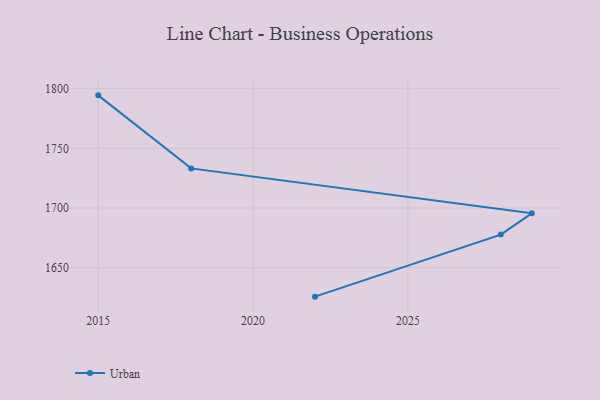
{"axis": {"x": "Year", "y": "Budget (USD K)"}, "legend": ["Urban"], "data": [{"x": "2015", "y": 1794.4, "type": "Urban"}, {"x": "2018", "y": 1733.2, "type": "Urban"}, {"x": "2029", "y": 1695.5, "type": "Urban"}, {"x": "2028", "y": 1677.7, "type": "Urban"}, {"x": "2022", "y": 1625.7, "type": "Urban"}]}